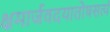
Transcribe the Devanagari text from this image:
क्षमार्जवदयातोषसत्यं